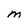
Character: M